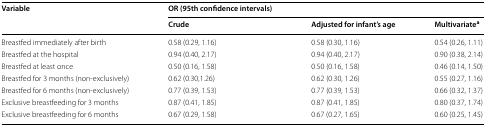
| <ROWSPAN=2> Variable | <COLSPAN=3> OR (95th confidence intervals) |
 | Crude | Adjusted for infant’s age | Multivariatea |
 | --- | --- | --- | --- |
 | Breastfed immediately after birth | 0.58 (0.29, 1.16) | 0.58 (0.30, 1.16) | 0.54 (0.26, 1.11) |
 | Breastfed at the hospital | 0.94 (0.40, 2.17) | 0.94 (0.40, 2.17) | 0.90 (0.38, 2.14) |
 | Breastfed at least once | 0.50 (0.16, 1.58) | 0.50 (0.16, 1.58) | 0.46 (0.14, 1.50) |
 | Breastfed for 3 months (non-exclusively) | 0.62 (0.30,1.26) | 0.62 (0.30, 1.26) | 0.55 (0.27, 1.16) |
 | Breastfed for 6 months (non-exclusively) | 0.77 (0.39, 1.53) | 0.77 (0.39, 1.53) | 0.66 (0.32, 1.37) |
 | Exclusive breastfeeding for 3 months | 0.87 (0.41, 1.85) | 0.87 (0.41, 1.85) | 0.80 (0.37, 1.74) |
 | Exclusive breastfeeding for 6 months | 0.67 (0.29, 1.58) | 0.67 (0.27, 1.65) | 0.60 (0.25, 1.45) |